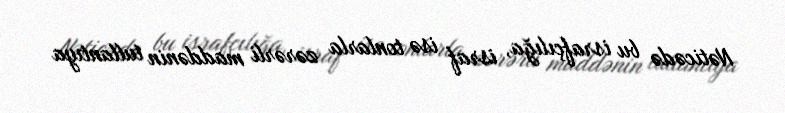
Nəticədə bu israfçılığa, israf isə tonlarla zərərli maddənin tullantıya